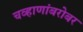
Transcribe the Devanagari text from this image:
चव्हाणांबरोबर